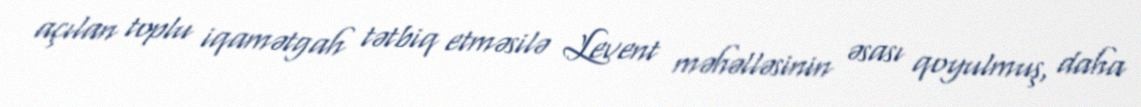
açılan toplu iqamətgah tətbiq etməsilə Levent məhəlləsinin əsası qoyulmuş, daha